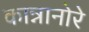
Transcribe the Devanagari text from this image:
कान्नानोरे